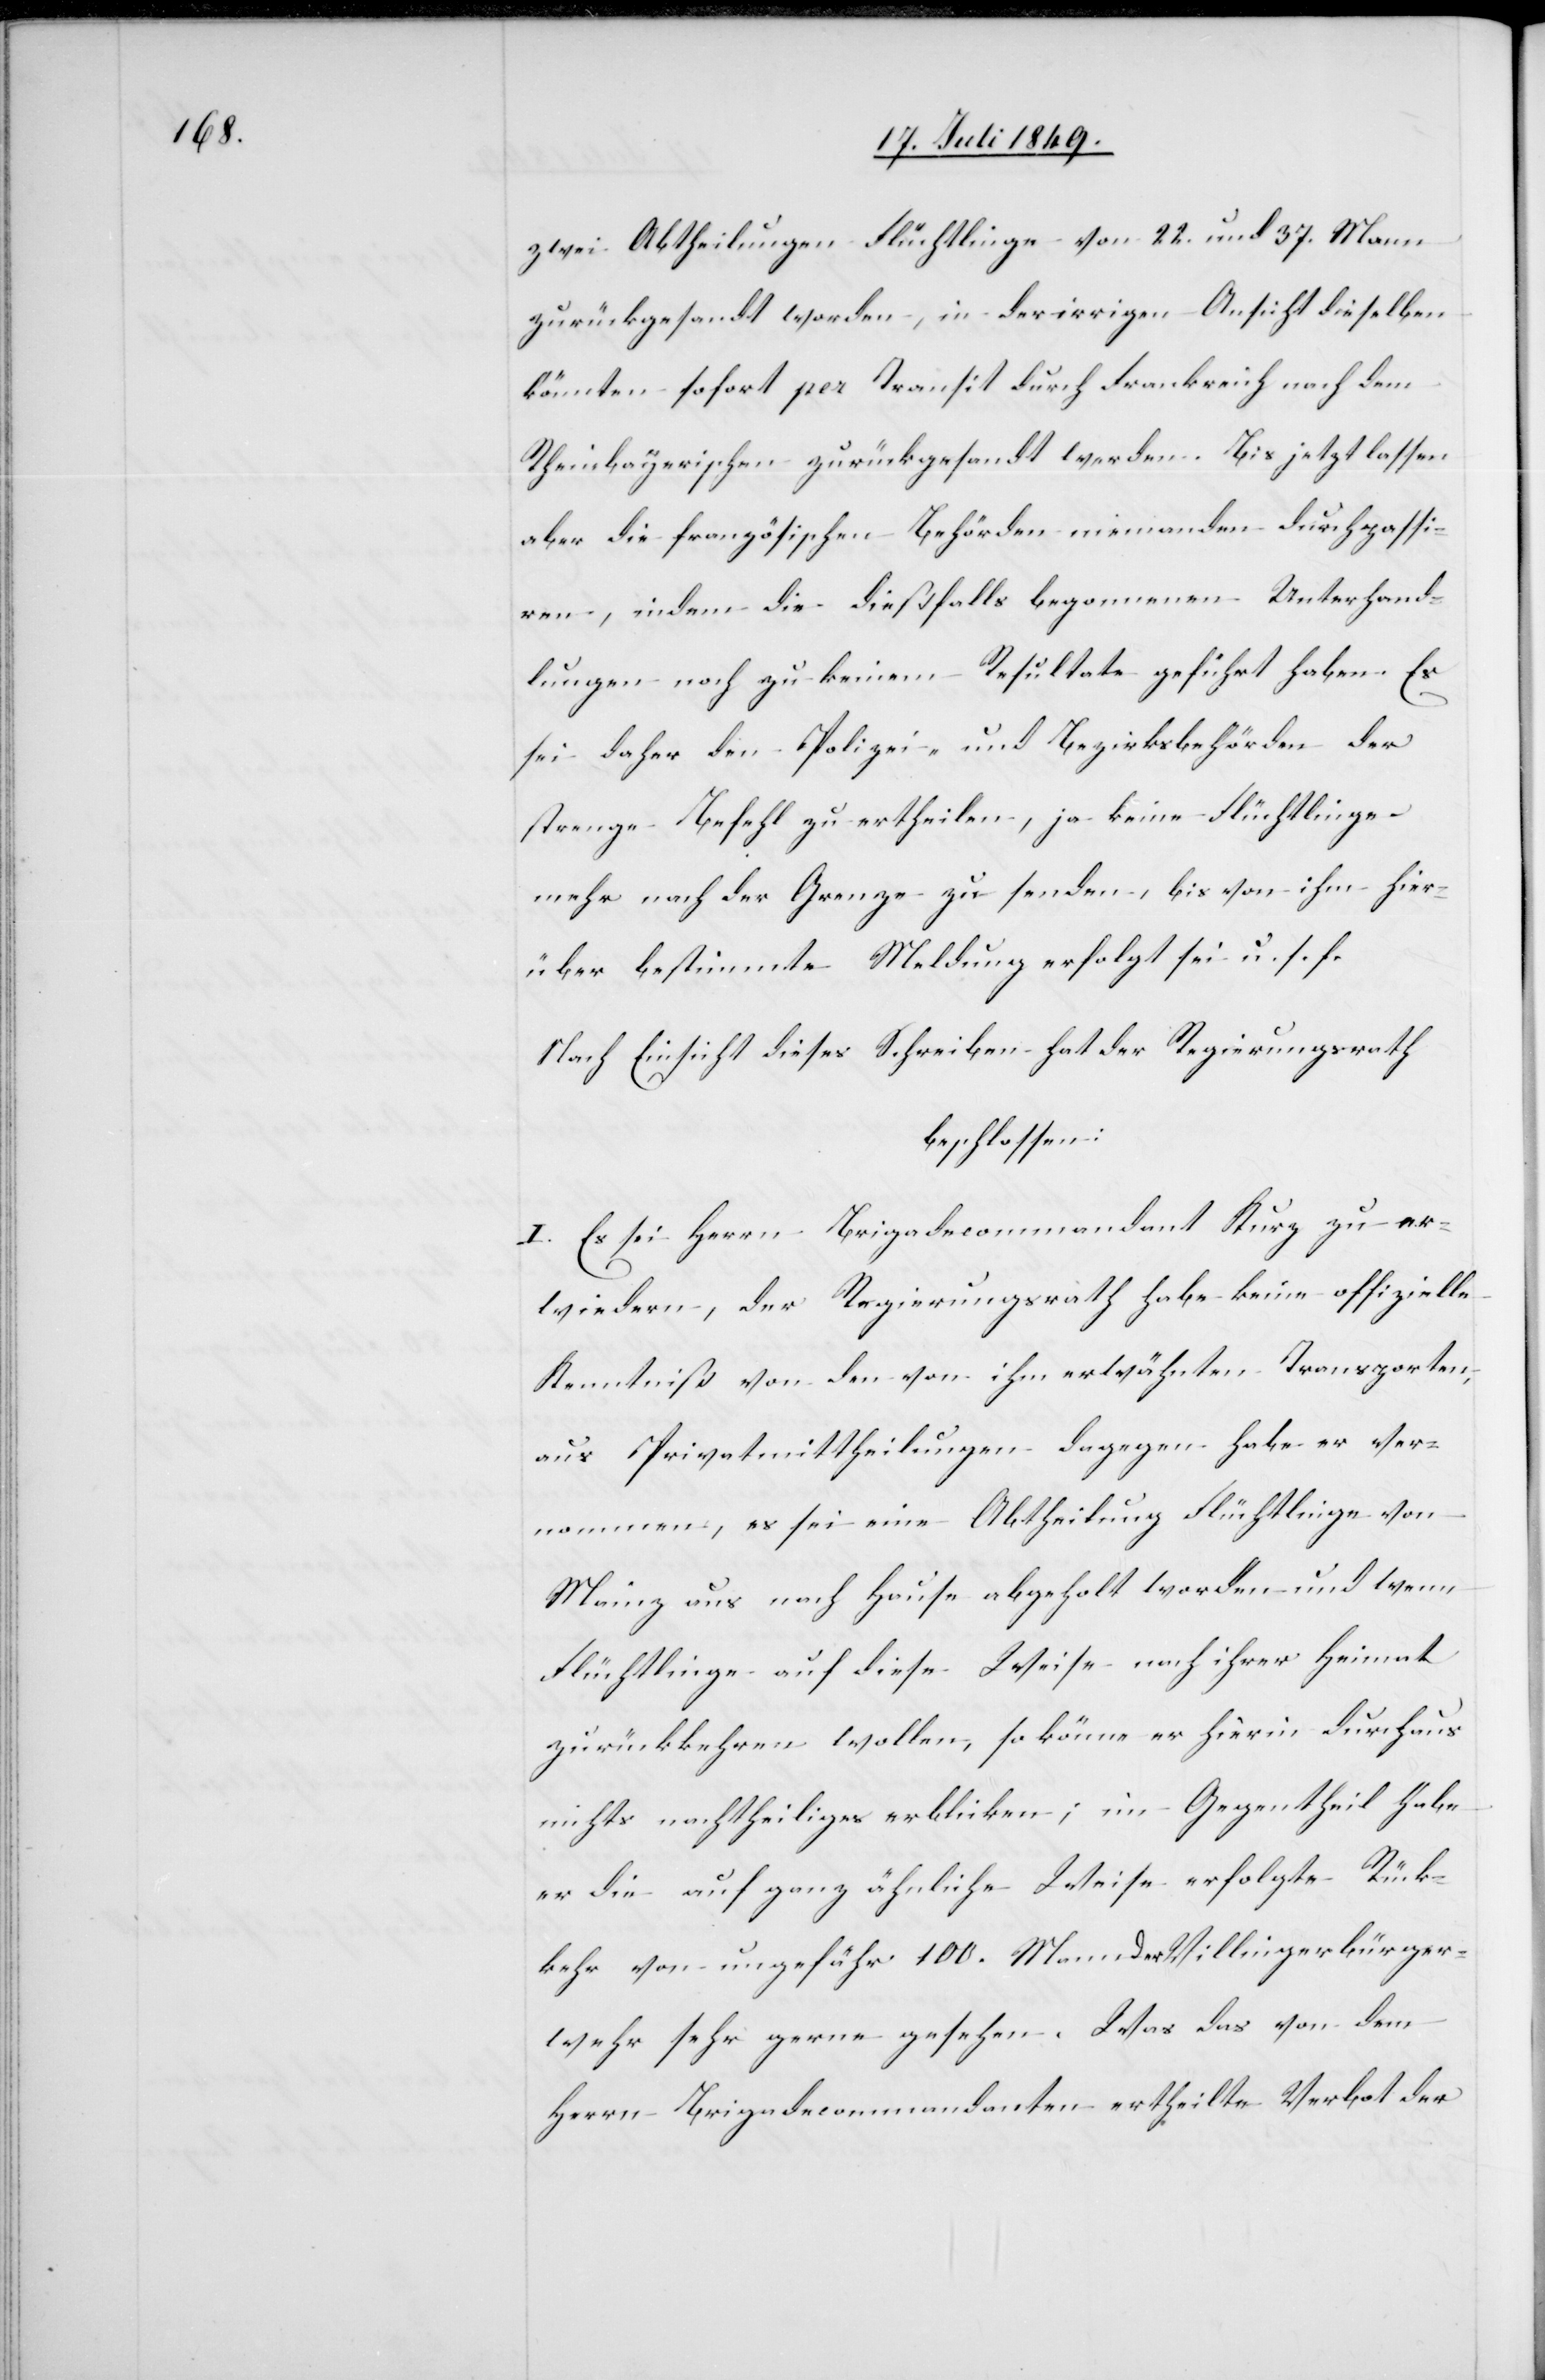
zwei Abtheilungen Flüchtlinge von 22. und 37. Mann
zurückgesandt worden, in der irrigen Ansicht dieselben
könnten sofort per Transit durch Frankreich nach dem
Rheinbayerischen zurückgesandt werden. Bis jetzt lassen
aber die französischen Behörden niemanden durchpassi¬
ren, indem die dießfalls begonnenen Unterhand¬
lungen noch zu keinem Resultate geführt haben. Es
sei daher den Polizei- und Bezirksbehörden der
strenge Befehl zu ertheilen, ja keine Flüchtlinge
mehr nach der Grenze zu senden, bis von ihm hier¬
über bestimmte Meldung erfolgt sei u. s. f.
Nach Einsicht dieses Schreibens hat der Regierungsrath
beschlossen:
I. Es sei Herrn Brigadecommandant Kurz zu er¬
wiedern, der Regierungsrath habe keine offizielle
Kenntniß von den von ihm erwähnten Transporten,
aus Privatmittheilungen dagegen habe er ver¬
nommen, es sei eine Abtheilung Flüchtlinge von
Mainz aus nach Hause abgeholt worden und wenn
Flüchtlinge auf diese Weise nach ihrer Heimat
zurückkehren wollen, so könne er hierin durchaus
nichts nachtheiliges erblicken; im Gegentheil habe
er die auf ganz ähnliche Weise erfolgte Rück¬
kehr von ungefähr 100. Mann der Villingerbürger¬
wehr sehr gerne gesehen. Was das von dem
Herrn Brigadecommandanten ertheilte Verbot der